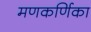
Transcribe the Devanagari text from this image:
मणकर्णिका